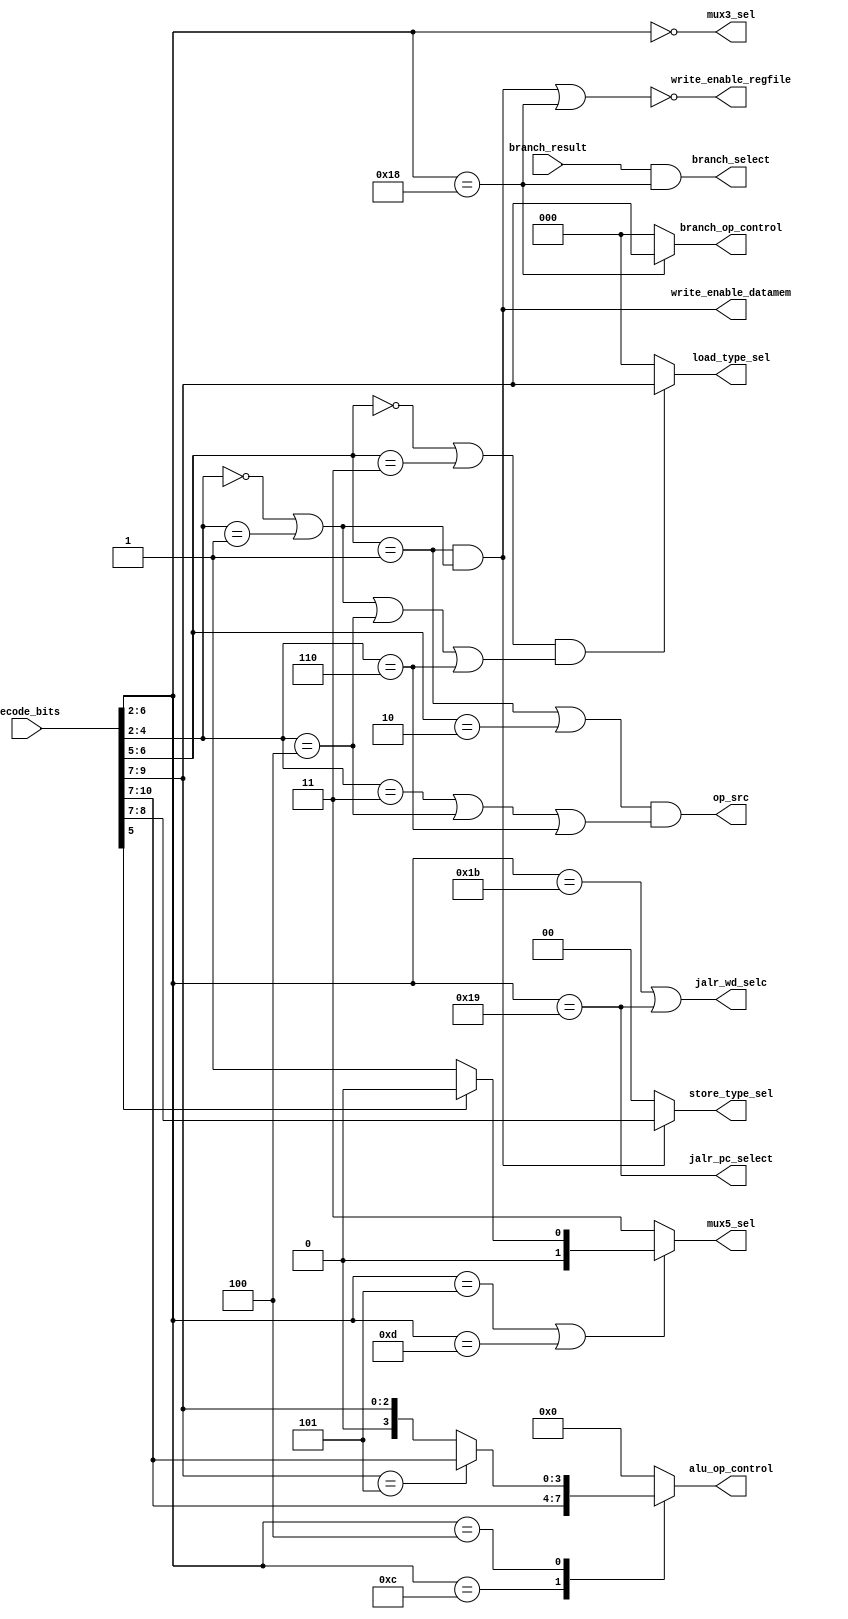
module control_logic (
	input [10:0] decode_bits, // {instruction[30], funct3, opcode};
	input branch_result,
	output jalr_pc_select, //ok
	output branch_select, //ok
	output [2:0] branch_op_control,	//ok
	output [3:0] alu_op_control,	//ok
	output [2:0] load_type_sel,	//ok
	output [1:0] store_type_sel,	//ok
	output write_enable_datamem, //ok
	output write_enable_regfile,	//ok
	output jalr_wd_selc,	//ok
	output mux3_sel, // it will select the write data between r type and load type instruction,  !ok
	output op_src,	//ok
	output [1:0]  mux5_sel // it will select different opreands depending on the instruction, !
);
	wire [6:0] opcode;
	assign opcode = decode_bits[6:0] ;
	wire is_u_type;
	wire is_i_type;
	wire is_r_type;
	wire is_s_type;
	wire is_b_type;
	wire is_j_type;
	wire is_load_type;
	assign is_u_type = (opcode[6:2] == 5'b00101 || opcode[6:2] == 5'b01101);
	assign is_i_type = (opcode[6:5]==2'b00 || opcode[6:5] == 2'b11 )&(opcode[4:2] == 3'b000 || opcode[4:2] == 3'b001 || opcode[4:2] == 3'b100 || opcode[4:2] == 3'b110);
	assign is_r_type = (opcode[6:5]==2'b01 || opcode[6:5] == 2'b10)&( opcode[4:2] == 3'b011 || opcode[4:2] == 3'b100 || opcode[4:2] == 3'b110);
	assign is_s_type = (opcode[6:5]==2'b01)&(opcode[4:2] == 3'b000 || opcode[4:2] == 3'b001);
	assign is_b_type = (opcode[6:2] == 5'b11000);
	assign is_j_type = (opcode[6:2] == 5'b11011);
	assign is_load_type = (opcode[6:2] == 5'b00000);
	
	// ALU Operation control
	reg [3:0] operation;
	always @(*)
	begin
		case(opcode[6:2])
			5'b01100	:	operation = decode_bits[10:7];
			5'b00100	:	begin
								if (decode_bits[9:7] == 3'b101)
									operation = decode_bits[10:7];
								else
									operation = {1'b0,decode_bits[9:7]};
							end
			default		:	operation	=	4'b0000;
		endcase
	end
	assign alu_op_control = operation;
	
	//Branch Operation control
	assign branch_op_control	=	is_b_type ? decode_bits[9:7] : 3'b000;
	assign load_type_sel	= is_i_type ? decode_bits[9:7] : 3'b000;
	assign store_type_sel = is_s_type	? decode_bits[9:7] : 3'b000;
	
	//other control signals
	assign jalr_pc_select  = (opcode[6:2] == 5'b11001 );
	assign branch_select = branch_result & is_b_type ;
	assign write_enable_datamem = is_s_type;
	assign write_enable_regfile	 = ~(is_s_type | is_b_type);
	assign jalr_wd_selc = (is_j_type | jalr_pc_select);
	assign op_src = is_r_type;
	assign mux3_sel = is_load_type;

	//operand1 selection
	reg [1:0] select;
	always @(*)
	begin
		if (is_u_type)
			select = opcode[5] ? 2'b00 : 2'b01;
		else
			select = 2'b11;
	end
	assign mux5_sel = select;
	
	
endmodule


/*module tb;
	reg [10:0] DECODE_BITS;
	reg Branch_result;
	wire Jalr_pc_select;
	wire Branch_select; 
	wire [2:0] Branch_op_control;
	wire [3:0] Alu_op_control;
	wire [2:0] Load_type_sel;	
	wire [1:0] Store_type_sel;	
	wire Write_enable_datamem; 
	wire Write_enable_regfile;
	wire Jalr_wd_selc;
	wire Mux3_sel; 
	wire Op_src;	
	wire [1:0]  Mux5_sel;
	
	control_logic c(DECODE_BITS, Branch_result,Jalr_pc_select, Branch_select, Branch_op_control, Alu_op_control, Load_type_sel, Store_type_sel, Write_enable_datamem, Write_enable_regfile, Jalr_wd_selc, Mux3_sel, Op_src, Mux5_sel);
	
	initial
	begin
		$dumpfile("controlunit_waveform.vcd");
		$dumpvars();
		// R-type Instruction
		#0 DECODE_BITS = 11'b00000110011;
		#5 DECODE_BITS = 11'b10000110011;
		#5 DECODE_BITS = 11'b00010110011;
		#5 DECODE_BITS = 11'b00100110011;
		#5 DECODE_BITS = 11'b00110110011;
		#5 DECODE_BITS = 11'b01000110011;
		#5 DECODE_BITS = 11'b01010110011;
		#5 DECODE_BITS = 11'b11010110011;
		#5 DECODE_BITS = 11'b01100110011;
		#5 DECODE_BITS = 11'b01110110011;
		// Immediate type Instruction
		#5 DECODE_BITS = 11'b00000010011;
		#5 DECODE_BITS = 11'b00010010011;
		#5 DECODE_BITS = 11'b00100010011;
		#5 DECODE_BITS = 11'b00110010011;
		#5 DECODE_BITS = 11'b01000010011;
		#5 DECODE_BITS = 11'b01010010011;
		#5 DECODE_BITS = 11'b11010010011;
		#5 DECODE_BITS = 11'b01100010011;
		#5 DECODE_BITS = 11'b01110010011;
		//Store Type Instruction
		#5 DECODE_BITS = 11'b00000100011;
		#5 DECODE_BITS = 11'b00010100011;
		#5 DECODE_BITS = 11'b00100100011;
		//Load Type Instruction
		#5 DECODE_BITS = 11'b00000000011;
		#5 DECODE_BITS = 11'b00010000011;
		#5 DECODE_BITS = 11'b00100000011;
		#5 DECODE_BITS = 11'b01000000011;
		#5 DECODE_BITS = 11'b01010000011;
		//Branch Type Instruction
		#5 DECODE_BITS = 11'b00001100011;
		#5 DECODE_BITS = 11'b00011100011;
		#5 DECODE_BITS = 11'b01001100011;
		#5 DECODE_BITS = 11'b01011100011;
		#5 DECODE_BITS = 11'b01101100011;
		#5 DECODE_BITS = 11'b01111100011;
		//Specific Instructions
		#5 DECODE_BITS = 11'b00000110111;
		#5 DECODE_BITS = 11'b00000010111;
		#5 DECODE_BITS = 11'b00001101111;
		#5 DECODE_BITS = 11'b00001100111;
		#5 $finish;
	end

	
endmodule*/